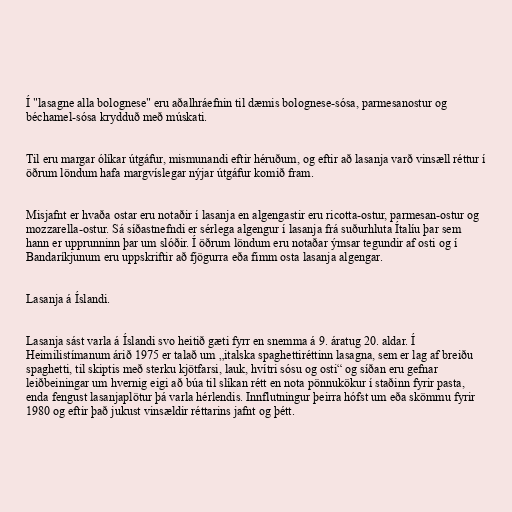
Í "lasagne alla bolognese" eru aðalhráefnin til dæmis bolognese-sósa, parmesanostur og
béchamel-sósa krydduð með múskati.

Til eru margar ólíkar útgáfur, mismunandi eftir héruðum, og eftir að lasanja varð vinsæll réttur í
öðrum löndum hafa margvíslegar nýjar útgáfur komið fram.

Misjafnt er hvaða ostar eru notaðir í lasanja en algengastir eru ricotta-ostur, parmesan-ostur og
mozzarella-ostur. Sá síðastnefndi er sérlega algengur í lasanja frá suðurhluta Ítalíu þar sem
hann er upprunninn þar um slóðir. Í öðrum löndum eru notaðar ýmsar tegundir af osti og í
Bandaríkjunum eru uppskriftir að fjögurra eða fimm osta lasanja algengar.

Lasanja á Íslandi.

Lasanja sást varla á Íslandi svo heitið gæti fyrr en snemma á 9. áratug 20. aldar. Í
Heimilistímanum árið 1975 er talað um „italska spaghettiréttinn lasagna, sem er lag af breiðu
spaghetti, til skiptis með sterku kjötfarsi, lauk, hvítri sósu og osti“ og síðan eru gefnar
leiðbeiningar um hvernig eigi að búa til slíkan rétt en nota pönnukökur í staðinn fyrir pasta,
enda fengust lasanjaplötur þá varla hérlendis. Innflutningur þeirra hófst um eða skömmu fyrir
1980 og eftir það jukust vinsældir réttarins jafnt og þétt.